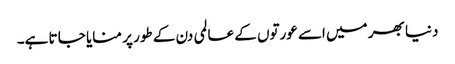
دنیا بھر میں اسے عورتوں کے عالمی دن کے طور پر منایا جا تا ہے۔